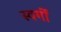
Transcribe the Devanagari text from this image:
स्वर्गीं